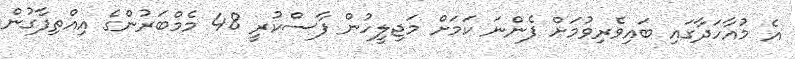
އެ މުއާހަދާގައި ބައިވެރިވުމަށް ފެންނަ ކަމަށް މަޖިލީހުން ފާސްކުރީ 48 މެމްބަރުންގެ އިއްތިފާގުން